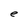
Character: e